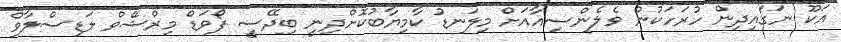
އަކޫ ނަގައިދިން ހުރަހަކުން ވެލެންސިއާއަށް މިލަނޑު ކާމިޔާބުކޮށްދިނީ ބިދޭސީ ފޯވަޑް މިރްޝޭވް ލަޑިސްލާވް